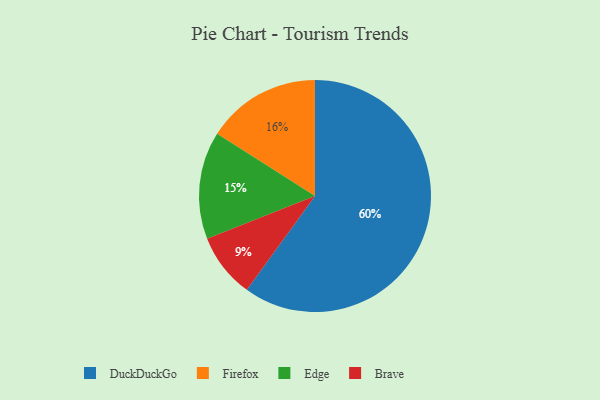
{"axis": {"x": "Category", "y": "Percentage"}, "legend": ["Brave", "DuckDuckGo", "Edge", "Firefox"], "data": [{"x": "Brave", "y": 9, "type": "Brave"}, {"x": "Firefox", "y": 16, "type": "Firefox"}, {"x": "DuckDuckGo", "y": 60, "type": "DuckDuckGo"}, {"x": "Edge", "y": 15, "type": "Edge"}]}